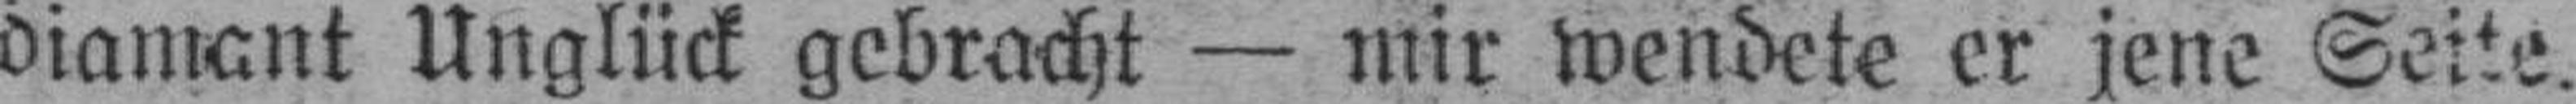
diamant Unglück gebracht — mir wendete er jene Seite.